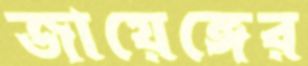
জায়েঙ্গের